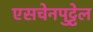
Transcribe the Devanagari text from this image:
एसचेनपुट्टेल